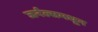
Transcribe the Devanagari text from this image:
जर्नल्समधून